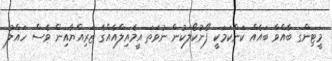
މީޓިންގ ބާއްވާ ބައެއް ކަންކަމަކީ ފޯނުކޯލަކުން ނުވަތަ އީމެއިލްއެއްގެ ޒަރިއްޔާއިން ވެސް ހައްލު